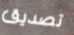
تصديق